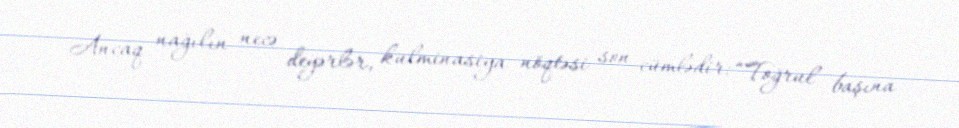
Ancaq nağılın necə deyərlər, kulminasiya nöqtəsi son cümlədir: “Toğrul başına